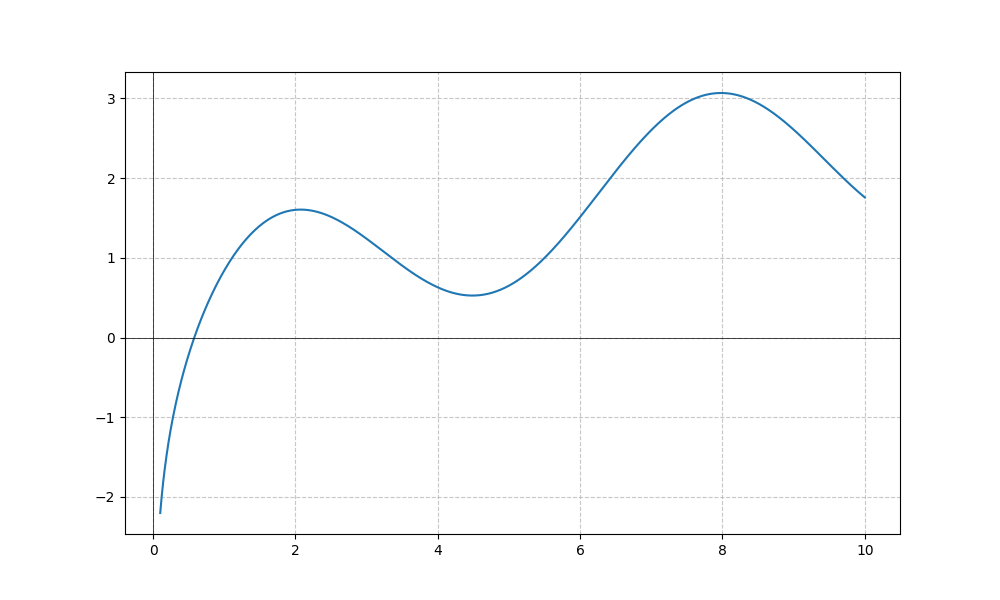
LaTeX formula: \log{\left(x \right)} + \sin{\left(x \right)}